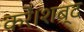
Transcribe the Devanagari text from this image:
करें।शब्द